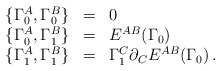
\begin{align*}\begin{array}{rcl} \{\Gamma^A_0,\Gamma^B_0\} &=& 0 \cr \{\Gamma^A_0,\Gamma^B_1\} &=& E^{AB}(\Gamma_0) \cr\{\Gamma^A_1,\Gamma^B_1\} &=& \Gamma^C_1\partial_C E^{AB}(\Gamma_0) \,.\end{array}\end{align*}